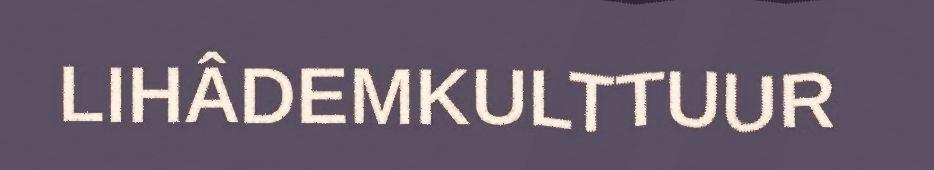
LIHÂDEMKULTTUUR